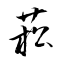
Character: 菘